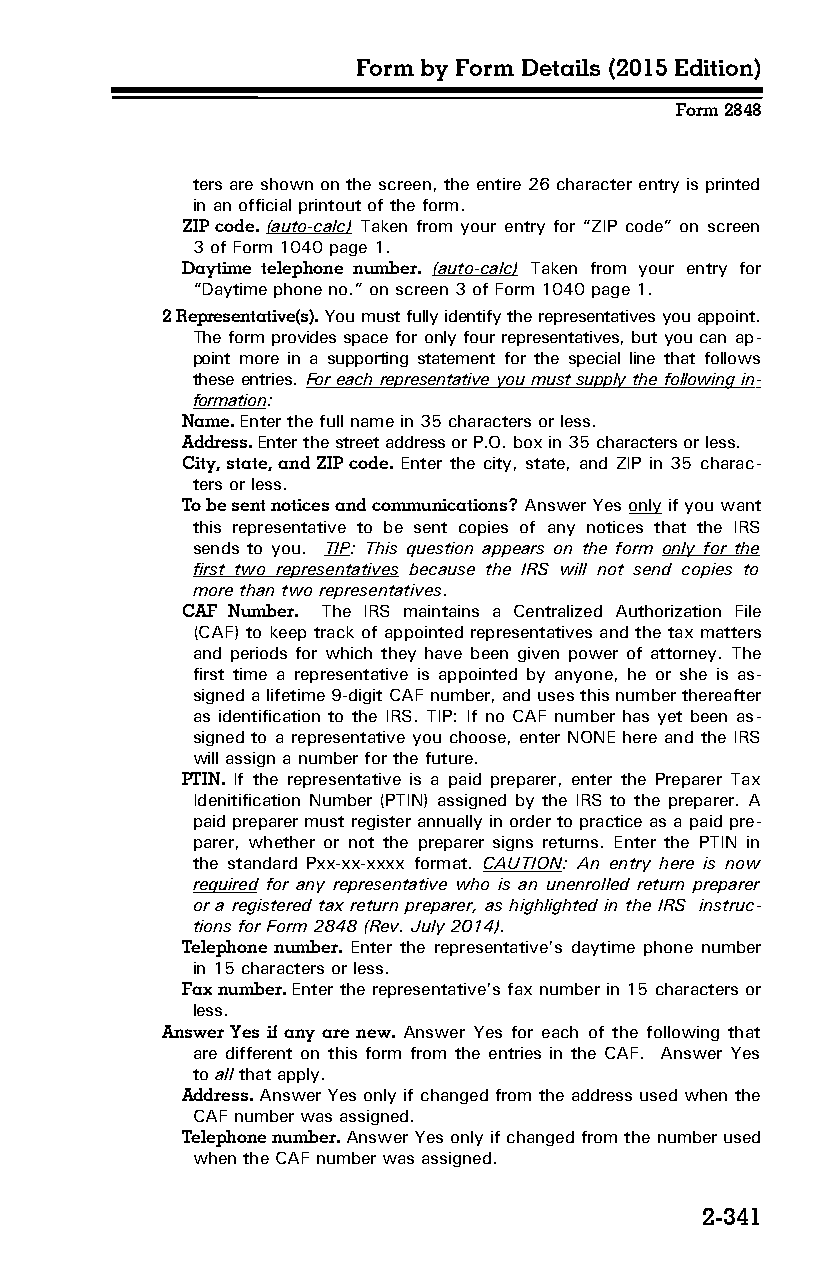
Form by Form Details (2015 Edition)
 Form 2848
 ters are shown on the screen, the entire 26 character entry is printed
 in an official printout of the form.
 ZIP code. (auto-calc) Taken from your entry for “ZIP code” on screen
 3 of Form 1040 page 1.
 Daytime telephone number. (auto-calc) Taken from your entry for
 “Daytime phone no.” on screen 3 of Form 1040 page 1.
 2 Representative(s). You must fully identify the representatives you appoint.
 The form provides space for only four representatives, but you can ap­
 point more in a supporting statement for the special line that follows
 these entries. For each representative you must supply the following in­
 formation:
 Name. Enter the full name in 35 characters or less.
 Address. Enter the street address or P.O. box in 35 characters or less.
 City, state, and ZIP code. Enter the city, state, and ZIP in 35 charac­
 ters or less.
 To be sent notices and communications? Answer Yes only if you want
 this representative to be sent copies of any notices that the IRS
 sends to you. TIP: This question appears on the form only for the
 first two representatives because the IRS will not send copies to
 more than two representatives.
 CAF Number. The IRS maintains a Centralized Authorization File
 (CAF) to keep track of appointed representatives and the tax matters
 and periods for which they have been given power of attorney. The
 first time a representative is appointed by anyone, he or she is as­
 signed a lifetime 9-digit CAF number, and uses this number thereafter
 as identification to the IRS. TIP: If no CAF number has yet been as­
 signed to a representative you choose, enter NONE here and the IRS
 will assign a number for the future.
 PTIN. If the representative is a paid preparer, enter the Preparer Tax
 Idenitification Number (PTIN) assigned by the IRS to the preparer. A
 paid preparer must register annually in order to practice as a paid pre­
 parer, whether or not the preparer signs returns. Enter the PTIN in
 the standard Pxx-xx-xxxx format. CAUTION: An entry here is now
 required for any representative who is an unenrolled return preparer
 or a registered tax return preparer, as highlighted in the IRS instruc­
 tions for Form 2848 (Rev. July 2014).
 Telephone number. Enter the representative’s daytime phone number
 in 15 characters or less.
 Fax number. Enter the representative’s fax number in 15 characters or
 less.
 Answer Yes if any are new. Answer Yes for each of the following that
 are different on this form from the entries in the CAF. Answer Yes
 to all that apply.
 Address. Answer Yes only if changed from the address used when the
 CAF number was assigned.
 Telephone number. Answer Yes only if changed from the number used
 when the CAF number was assigned.
 2-341